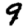
Digit: 9